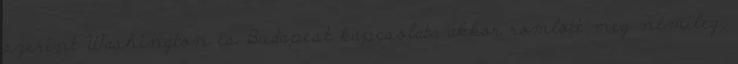
szerint Washington és Budapest kapcsolata akkor romlott meg némileg,